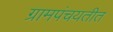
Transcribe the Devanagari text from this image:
ग्रामपंचयतीत